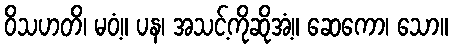
ဝိသဟတိ၊ မဝံ့။ ပန၊ အသင့်ကိုဆိုအံ့။ ဆေကော၊ သော။